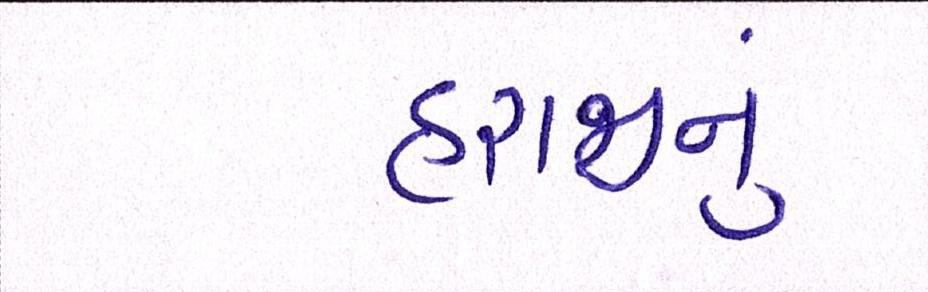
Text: હરાજીનું